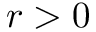
r > 0